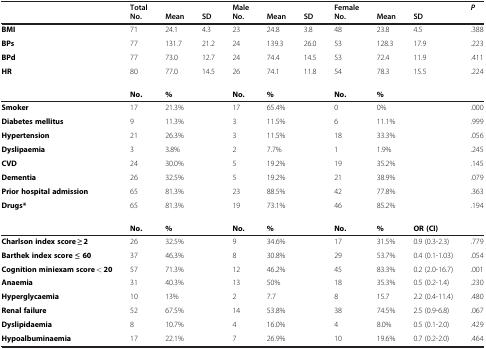
<table><thead><tr><td><b> </b></td><td><b>Total</b></td><td><b> </b></td><td><b> </b></td><td><b>Male</b></td><td><b> </b></td><td><b> </b></td><td><b>Female</b></td><td><b> </b></td><td><b> </b></td><td><b><i>P</i></b></td></tr><tr><td><b> </b></td><td><b>No.</b></td><td><b>Mean</b></td><td><b>SD</b></td><td><b>No.</b></td><td><b>Mean</b></td><td><b>SD</b></td><td><b>No.</b></td><td><b>Mean</b></td><td><b>SD</b></td><td><b> </b></td></tr></thead><tbody><tr><td><b>BMI</b></td><td>71</td><td>24.1</td><td>4.3</td><td>23</td><td>24.8</td><td>3.8</td><td>48</td><td>23.8</td><td>4.5</td><td>.388</td></tr><tr><td><b>BPs</b></td><td>77</td><td>131.7</td><td>21.2</td><td>24</td><td>139.3</td><td>26.0</td><td>53</td><td>128.3</td><td>17.9</td><td>.223</td></tr><tr><td><b>BPd</b></td><td>77</td><td>73.0</td><td>12.7</td><td>24</td><td>74.4</td><td>14.5</td><td>53</td><td>72.4</td><td>11.9</td><td>.411</td></tr><tr><td><b>HR</b></td><td>80</td><td>77.0</td><td>14.5</td><td>26</td><td>74.1</td><td>11.8</td><td>54</td><td>78.3</td><td>15.5</td><td>.224</td></tr><tr><td> </td><td><b>No.</b></td><td><b>%</b></td><td> </td><td><b>No.</b></td><td><b>%</b></td><td> </td><td><b>No.</b></td><td><b>%</b></td><td> </td><td> </td></tr><tr><td><b>Smoker</b></td><td>17</td><td>21.3%</td><td> </td><td>17</td><td>65.4%</td><td> </td><td>0</td><td>0%</td><td> </td><td>.000</td></tr><tr><td><b>Diabetes mellitus</b></td><td>9</td><td>11.3%</td><td> </td><td>3</td><td>11.5%</td><td> </td><td>6</td><td>11.1%</td><td> </td><td>.999</td></tr><tr><td><b>Hypertension</b></td><td>21</td><td>26.3%</td><td> </td><td>3</td><td>11.5%</td><td> </td><td>18</td><td>33.3%</td><td> </td><td>.056</td></tr><tr><td><b>Dyslipaemia</b></td><td>3</td><td>3.8%</td><td> </td><td>2</td><td>7.7%</td><td> </td><td>1</td><td>1.9%</td><td> </td><td>.245</td></tr><tr><td><b>CVD</b></td><td>24</td><td>30.0%</td><td> </td><td>5</td><td>19.2%</td><td> </td><td>19</td><td>35.2%</td><td> </td><td>.145</td></tr><tr><td><b>Dementia</b></td><td>26</td><td>32.5%</td><td> </td><td>5</td><td>19.2%</td><td> </td><td>21</td><td>38.9%</td><td> </td><td>.079</td></tr><tr><td><b>Prior hospital admission</b></td><td>65</td><td>81.3%</td><td> </td><td>23</td><td>88.5%</td><td> </td><td>42</td><td>77.8%</td><td> </td><td>.363</td></tr><tr><td><b>Drugs*</b></td><td>65</td><td>81.3%</td><td> </td><td>19</td><td>73.1%</td><td> </td><td>46</td><td>85.2%</td><td> </td><td>.194</td></tr><tr><td> </td><td><b>No.</b></td><td><b>%</b></td><td> </td><td><b>No.</b></td><td><b>%</b></td><td> </td><td><b>No.</b></td><td><b>%</b></td><td><b>OR (CI)</b></td><td> </td></tr><tr><td><b>Charlson index score ≥ 2</b></td><td>26</td><td>32.5%</td><td> </td><td>9</td><td>34.6%</td><td> </td><td>17</td><td>31.5%</td><td>0.9 (0.3-2.3)</td><td>.779</td></tr><tr><td><b>Barthek index score ≤ 60</b></td><td>37</td><td>46.3%</td><td> </td><td>8</td><td>30.8%</td><td> </td><td>29</td><td>53.7%</td><td>0.4 (0.1-1.03)</td><td>.054</td></tr><tr><td><b>Cognition miniexam score &lt; 20</b></td><td>57</td><td>71.3%</td><td> </td><td>12</td><td>46.2%</td><td> </td><td>45</td><td>83.3%</td><td>0.2 (2.0-16.7)</td><td>.001</td></tr><tr><td><b>Anaemia</b></td><td>31</td><td>40.3%</td><td> </td><td>13</td><td>50%</td><td> </td><td>18</td><td>35.3%</td><td>0.5 (0.2-1.4)</td><td>.230</td></tr><tr><td><b>Hyperglycaemia</b></td><td>10</td><td>13%</td><td> </td><td>2</td><td>7.7</td><td> </td><td>8</td><td>15.7</td><td>2.2 (0.4-11.4)</td><td>.480</td></tr><tr><td><b>Renal failure</b></td><td>52</td><td>67.5%</td><td> </td><td>14</td><td>53.8%</td><td> </td><td>38</td><td>74.5%</td><td>2.5 (0.9-6.8)</td><td>.067</td></tr><tr><td><b>Dyslipidaemia</b></td><td>8</td><td>10.7%</td><td> </td><td>4</td><td>16.0%</td><td> </td><td>4</td><td>8.0%</td><td>0.5 (0.1-2.0)</td><td>.429</td></tr><tr><td><b>Hypoalbuminaemia</b></td><td>17</td><td>22.1%</td><td> </td><td>7</td><td>26.9%</td><td> </td><td>10</td><td>19.6%</td><td>0.7 (0.2-2.0)</td><td>.464</td></tr></tbody></table>